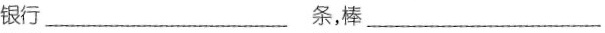
银行___ 条，棒___